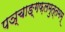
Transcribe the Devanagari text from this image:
पञ्चाङ्गफ़लमुत्तमम्